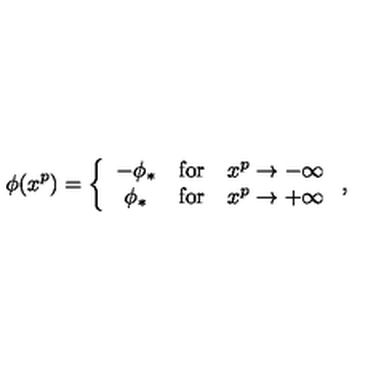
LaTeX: \phi ( x ^ { p } ) = \left\{ \begin{array} { c c c } { - \phi _ { * } } & { \mathrm { f o r } } & { x ^ { p } \to - \infty } \\ { \phi _ { * } } & { \mathrm { f o r } } & { x ^ { p } \to + \infty } \\ \end{array} \right. ,